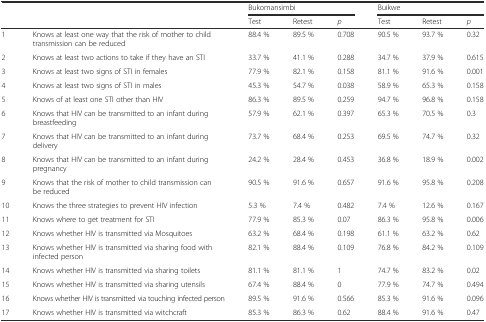
<table><thead><tr><td></td><td></td><td colspan="3"><b>Bukomansimbi</b></td><td colspan="3"><b>Buikwe</b></td></tr><tr><td></td><td></td><td><b>Test</b></td><td><b>Retest</b></td><td><b><i>p</i></b></td><td><b>Test</b></td><td><b>Retest</b></td><td><b><i>p</i></b></td></tr></thead><tbody><tr><td>1</td><td>Knows at least one way that the risk of mother to child transmission can be reduced</td><td>88.4 %</td><td>89.5 %</td><td>0.708</td><td>90.5 %</td><td>93.7 %</td><td>0.32</td></tr><tr><td>2</td><td>Knows at least two actions to take if they have an STI</td><td>33.7 %</td><td>41.1 %</td><td>0.288</td><td>34.7 %</td><td>37.9 %</td><td>0.615</td></tr><tr><td>3</td><td>Knows at least two signs of STI in females</td><td>77.9 %</td><td>82.1 %</td><td>0.158</td><td>81.1 %</td><td>91.6 %</td><td>0.001</td></tr><tr><td>4</td><td>Knows at least two signs of STI in males</td><td>45.3 %</td><td>54.7 %</td><td>0.038</td><td>58.9 %</td><td>65.3 %</td><td>0.158</td></tr><tr><td>5</td><td>Knows of at least one STI other than HIV</td><td>86.3 %</td><td>89.5 %</td><td>0.259</td><td>94.7 %</td><td>96.8 %</td><td>0.158</td></tr><tr><td>6</td><td>Knows that HIV can be transmitted to an infant during breastfeeding</td><td>57.9 %</td><td>62.1 %</td><td>0.397</td><td>65.3 %</td><td>70.5 %</td><td>0.3</td></tr><tr><td>7</td><td>Knows that HIV can be transmitted to an infant during delivery</td><td>73.7 %</td><td>68.4 %</td><td>0.253</td><td>69.5 %</td><td>74.7 %</td><td>0.32</td></tr><tr><td>8</td><td>Knows that HIV can be transmitted to an infant during pregnancy</td><td>24.2 %</td><td>28.4 %</td><td>0.453</td><td>36.8 %</td><td>18.9 %</td><td>0.002</td></tr><tr><td>9</td><td>Knows that the risk of mother to child transmission can be reduced</td><td>90.5 %</td><td>91.6 %</td><td>0.657</td><td>91.6 %</td><td>95.8 %</td><td>0.208</td></tr><tr><td>10</td><td>Knows the three strategies to prevent HIV infection</td><td>5.3 %</td><td>7.4 %</td><td>0.482</td><td>7.4 %</td><td>12.6 %</td><td>0.167</td></tr><tr><td>11</td><td>Knows where to get treatment for STI</td><td>77.9 %</td><td>85.3 %</td><td>0.07</td><td>86.3 %</td><td>95.8 %</td><td>0.006</td></tr><tr><td>12</td><td>Knows whether HIV is transmitted via Mosquitoes</td><td>63.2 %</td><td>68.4 %</td><td>0.198</td><td>61.1 %</td><td>63.2 %</td><td>0.62</td></tr><tr><td>13</td><td>Knows whether HIV is transmitted via sharing food with infected person</td><td>82.1 %</td><td>88.4 %</td><td>0.109</td><td>76.8 %</td><td>84.2 %</td><td>0.109</td></tr><tr><td>14</td><td>Knows whether HIV is transmitted via sharing toilets</td><td>81.1 %</td><td>81.1 %</td><td>1</td><td>74.7 %</td><td>83.2 %</td><td>0.02</td></tr><tr><td>15</td><td>Knows whether HIV is transmitted via sharing utensils</td><td>67.4 %</td><td>88.4 %</td><td>0</td><td>77.9 %</td><td>74.7 %</td><td>0.494</td></tr><tr><td>16</td><td>Knows whether HIV is transmitted via touching infected person</td><td>89.5 %</td><td>91.6 %</td><td>0.566</td><td>85.3 %</td><td>91.6 %</td><td>0.096</td></tr><tr><td>17</td><td>Knows whether HIV is transmitted via witchcraft</td><td>85.3 %</td><td>86.3 %</td><td>0.62</td><td>88.4 %</td><td>91.6 %</td><td>0.47</td></tr></tbody></table>